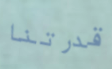
قدرتنا